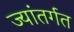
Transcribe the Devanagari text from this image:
ज्यांतर्गत